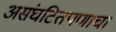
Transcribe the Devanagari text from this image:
असंघटितपणाचा